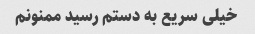
خیلی سریع به دستم رسید ممنونم